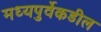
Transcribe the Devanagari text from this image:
मध्यपुर्वेकडील